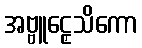
အဗ္ဗူဠှေသိကော